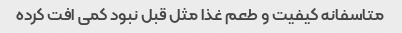
متاسفانه کیفیت و طعم غذا مثل قبل نبود کمی افت کرده